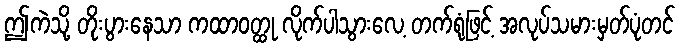
ဤကဲသို့ တိုးပွားနေသာ ကထာဝတ္ထု လိုက်ပါသွားလေ့ တက်ရုံဖြင့် အလုပ်သမားမှတ်ပုံတင်